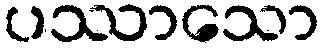
ပဿာသော